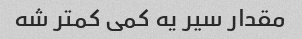
مقدار سیر یه کمی کمتر شه